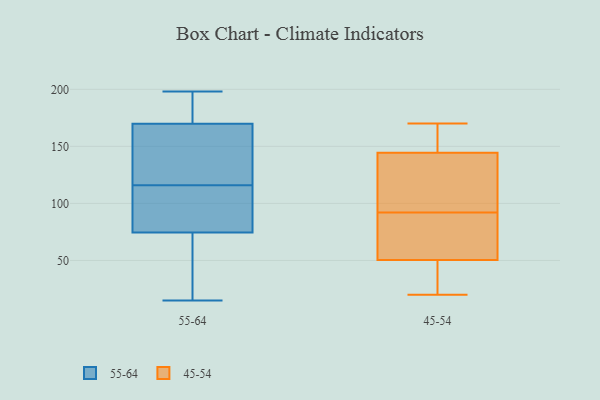
{"axis": {"x": "Demand Index", "y": "Value"}, "legend": ["45-54", "55-64"], "data": [{"x": "", "y": 74, "type": "55-64"}, {"x": "", "y": 170, "type": "55-64"}, {"x": "", "y": 94, "type": "55-64"}, {"x": "", "y": 169, "type": "55-64"}, {"x": "", "y": 70, "type": "55-64"}, {"x": "", "y": 28, "type": "55-64"}, {"x": "", "y": 116, "type": "55-64"}, {"x": "", "y": 118, "type": "55-64"}, {"x": "", "y": 15, "type": "55-64"}, {"x": "", "y": 169, "type": "55-64"}, {"x": "", "y": 198, "type": "55-64"}, {"x": "", "y": 76, "type": "55-64"}, {"x": "", "y": 82, "type": "55-64"}, {"x": "", "y": 67, "type": "55-64"}, {"x": "", "y": 127, "type": "55-64"}, {"x": "", "y": 178, "type": "55-64"}, {"x": "", "y": 198, "type": "55-64"}, {"x": "", "y": 195, "type": "55-64"}, {"x": "", "y": 107, "type": "55-64"}, {"x": "", "y": 93, "type": "45-54"}, {"x": "", "y": 158, "type": "45-54"}, {"x": "", "y": 58, "type": "45-54"}, {"x": "", "y": 20, "type": "45-54"}, {"x": "", "y": 41, "type": "45-54"}, {"x": "", "y": 106, "type": "45-54"}, {"x": "", "y": 91, "type": "45-54"}, {"x": "", "y": 146, "type": "45-54"}, {"x": "", "y": 51, "type": "45-54"}, {"x": "", "y": 50, "type": "45-54"}, {"x": "", "y": 41, "type": "45-54"}, {"x": "", "y": 157, "type": "45-54"}, {"x": "", "y": 75, "type": "45-54"}, {"x": "", "y": 120, "type": "45-54"}, {"x": "", "y": 143, "type": "45-54"}, {"x": "", "y": 54, "type": "45-54"}, {"x": "", "y": 170, "type": "45-54"}, {"x": "", "y": 45, "type": "45-54"}, {"x": "", "y": 163, "type": "45-54"}, {"x": "", "y": 137, "type": "45-54"}]}